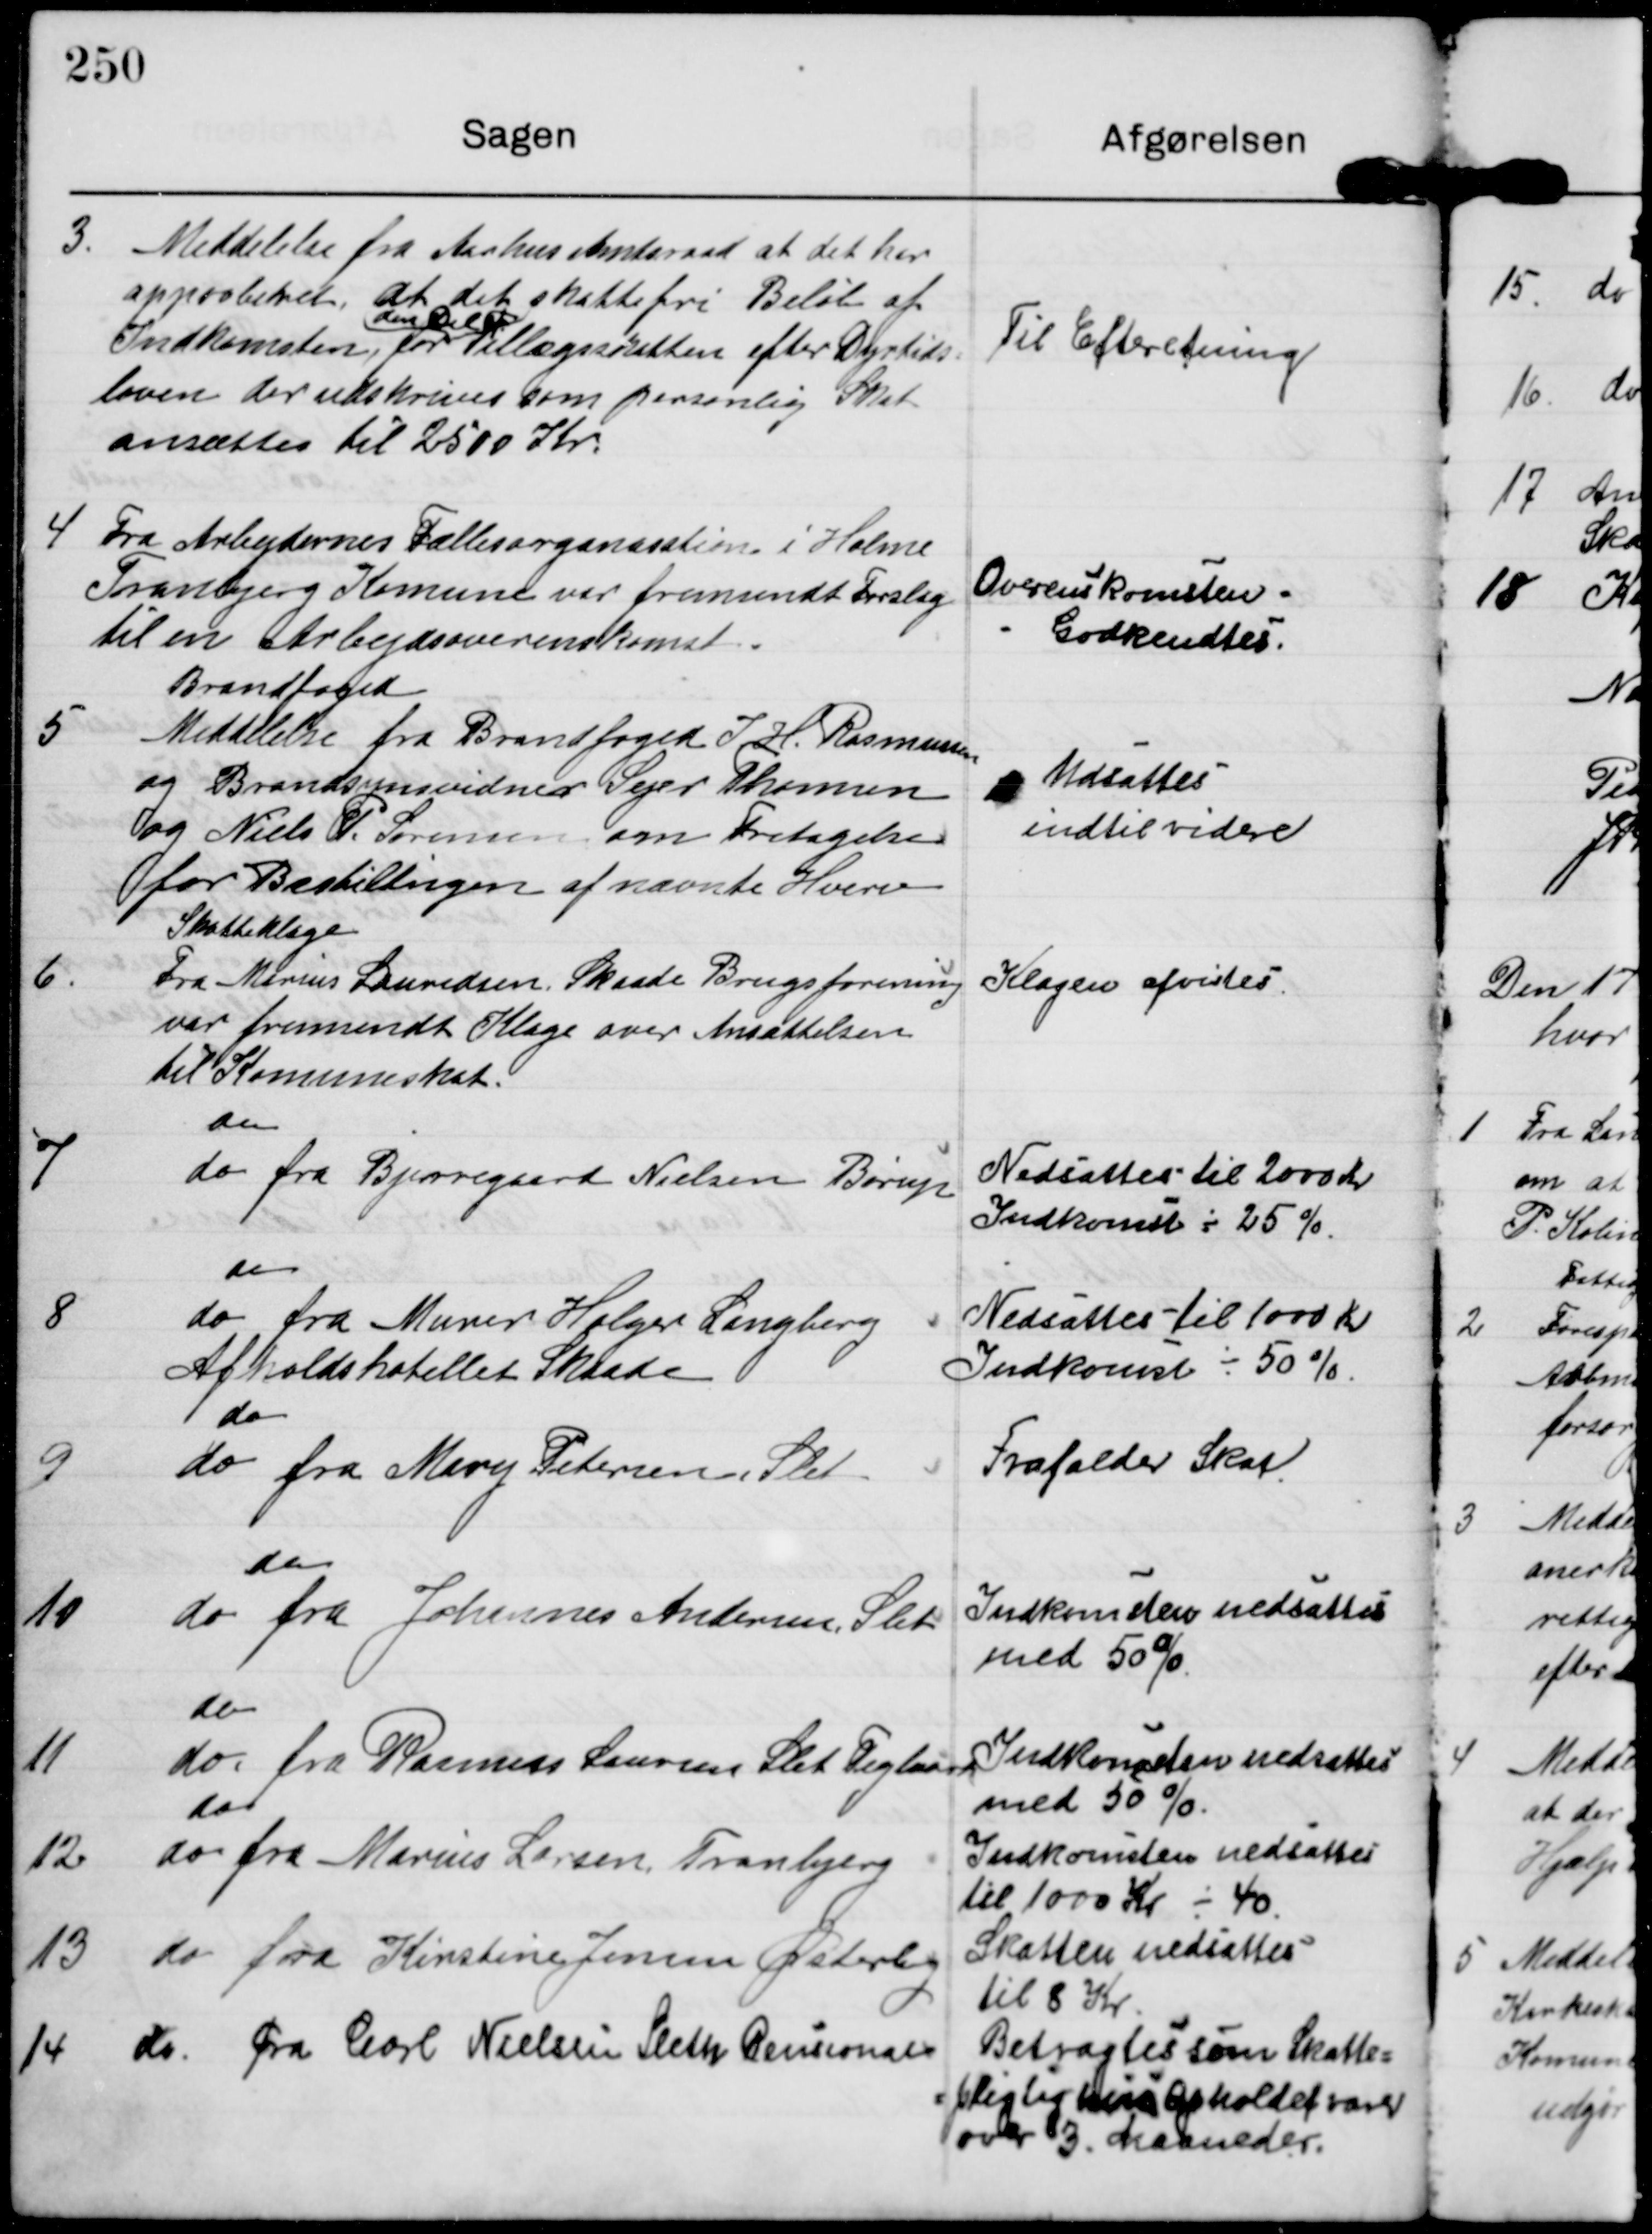
Transskription:
3.

Meddelelse fra Aarhus Amtsraad at det har
approberet at det skattefri Beløb af
Indkomsten, for
den Del af
tilllægsskatten efter Dyrtids=
loven der udskrives som personlig Skat
ansættes til 2500 Kr.

Til Efteretning.

4

Fra Arbejdernes Fællesorganisation i Holme
Tranbjerg Komune var fremsendt Forslag
til en Arbejdsoverenskomst.

Overenskomsten
Godkendtes.

5

Brandfoged.
Meddelelse fra Brandfoged J. H. Rasmussen
og Brandsynsvidner Sejer Thomsen
og Niels P. Sørensen om Fritagelse
for Bestillngen af nævnte Hverv

Udsattes
indtil videre

6.

Skatteklage
Fra Marius Lauridsen Skaade Brugsforening
var fremsendt Klage over Ansættelsen
til Komuneskat.

Klagen afvistes.

7

do
do fra Bjerregaard Nielsen Børup

Nedsattes til 2000 Kr
Indkomst ÷ 25 %

8

do
do fra Murer Holger Langberg
Afholdshotellet Skaade

Nedsattes til 1000 Kr
Indkomst ÷ 50 %

9

do
do fra Mary Pedersen Slet

Frafalder Skat.

10

do
do fra Johannes Andersen Slet

Indkomsten nedsattes
med 50 %

11

do
do. fra Rasmus Laursen Slet Teglværk

Indkomsten nedsattes
med 50 %.

12.

do
do fra Marius Larsen Tranbjerg

Indkomsten nedsattes
til 1000 Kr ÷ 40

13

do fra Kirstine Jensen Østerby

Skatten nedsattes
til 8 Kr.

14

do fra Carl Nielsen Sleth Pensionat

Betragtes som Skatte=
pligtig hvis opholdet varer
over 3. Maaneder.